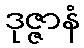
ဒုဇ္ဇာနံ